Madras plague regulations in force outside the Presidency town - Volume 3
Disease focus: Plague
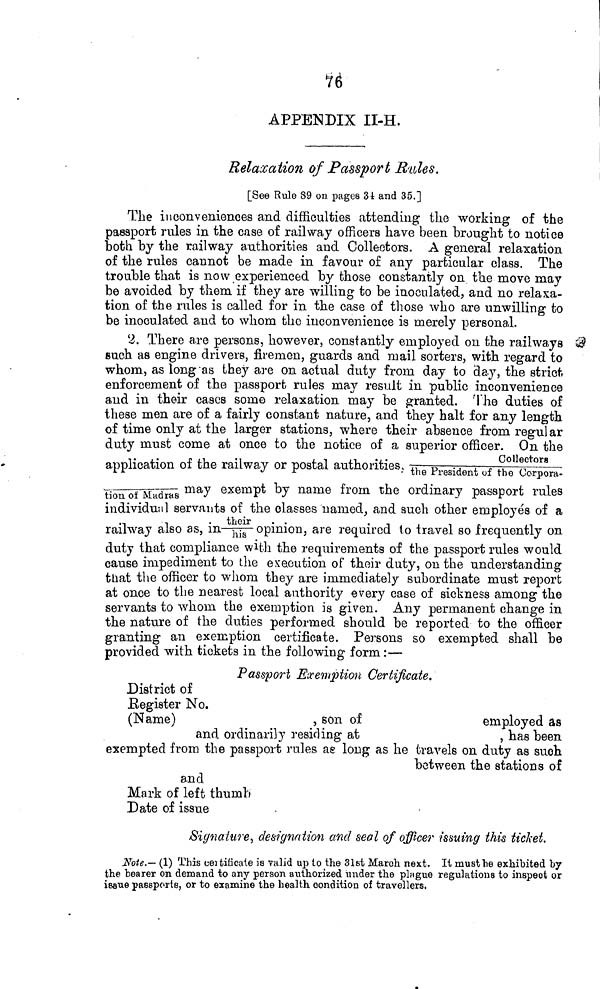
7é
APPENDIX II-H.
Relaxation of Passport Rules.
[See Rule 89 on pages 31 and 35.]
The inconveniences and difficulties attending the working of the
passport rules in the case of railway officers have been brought to notice
both by the railway authorities and Collectors. A general relaxation
of the rules cannot be made in favour of any particular class. The
trouble that is now experienced by those constantly on the move may
be avoided by them if they are willing to be inoculated, and no relaxa-
tion of the rules is called for in the case of those who are unwilling to
be inoculated and to whom the inconvenience is merely personal.
2. There are persons, however, constantly employed on the railways
euch as engine drivers, firemen, guards and mail sorters, with regard to
whom, as long "as they are on actual duty from day to day, the strict
enforcement of the passport rules may result in public inconvenience
and in their cases some relaxation may be granted. The duties of
these men are of a fairly constant nature, and they halt for any length
of time only at the larger stations, where their absence from regular
duty must come at once to the notice of a superior officer. On the
application of the railway or postal authorities, the President of ^"uor^ora.
v-.-—^Madras ma^ exem P^ ^7 name from the ordinary passport rules
individual servants of the classes named, and such other employés of a
railway also as, in hjs opinion, are required to travel so frequently on
duty that compliance with the requirements of the passport rules would
cause impediment to the execution of their duty, on the understanding
that the officer to whom they are immediately subordinate must report
at once to the nearest local authority every case of sickness among the
servants to whom the exemption is given. Any permanent change in
the nature of the duties performed should be reported to the officer
granting an exemption certificate. Persons so exempted shall be
provided with tickets in the following form :—
Passport Exemption Certificate.
District of
Eegister No.
(Name)
, son of
employed as
and ordinarily residing at
, has been
exempted from the passport rules ae long as he travels on duty as such
between the stations of
and
Mark of left thumb
Date of issue
Signature, designation and seal of officer issuing this ticket.
Note.— (1) This eeititicate is valid up to the 31st March next. It must he exhibited by
the bearer on demand to any person authorized under the plügue regulations to inspect or
issue passport s, or to examine the health condition of travellers.